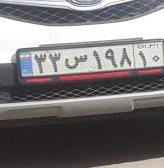
۳۳س۱۹۸۱۰